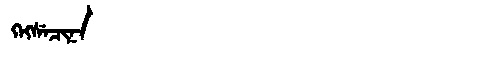
Manchu: ᡴᡝᡴᠰᡝᠴᡳᠨᠠ
Romanization: KEKSECINA